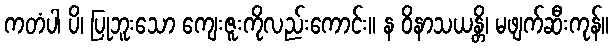
ကတံပါ ပိ၊ ပြုဘူးသော ကျေးဇူးကိုလည်းကောင်း။ န ဝိနာသယန္တိ၊ မဖျက်ဆီးကုန်။